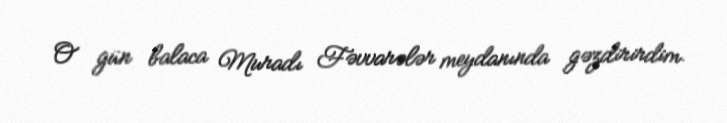
O gün balaca Muradı Fəvvarələr meydanında gəzdirirdim.